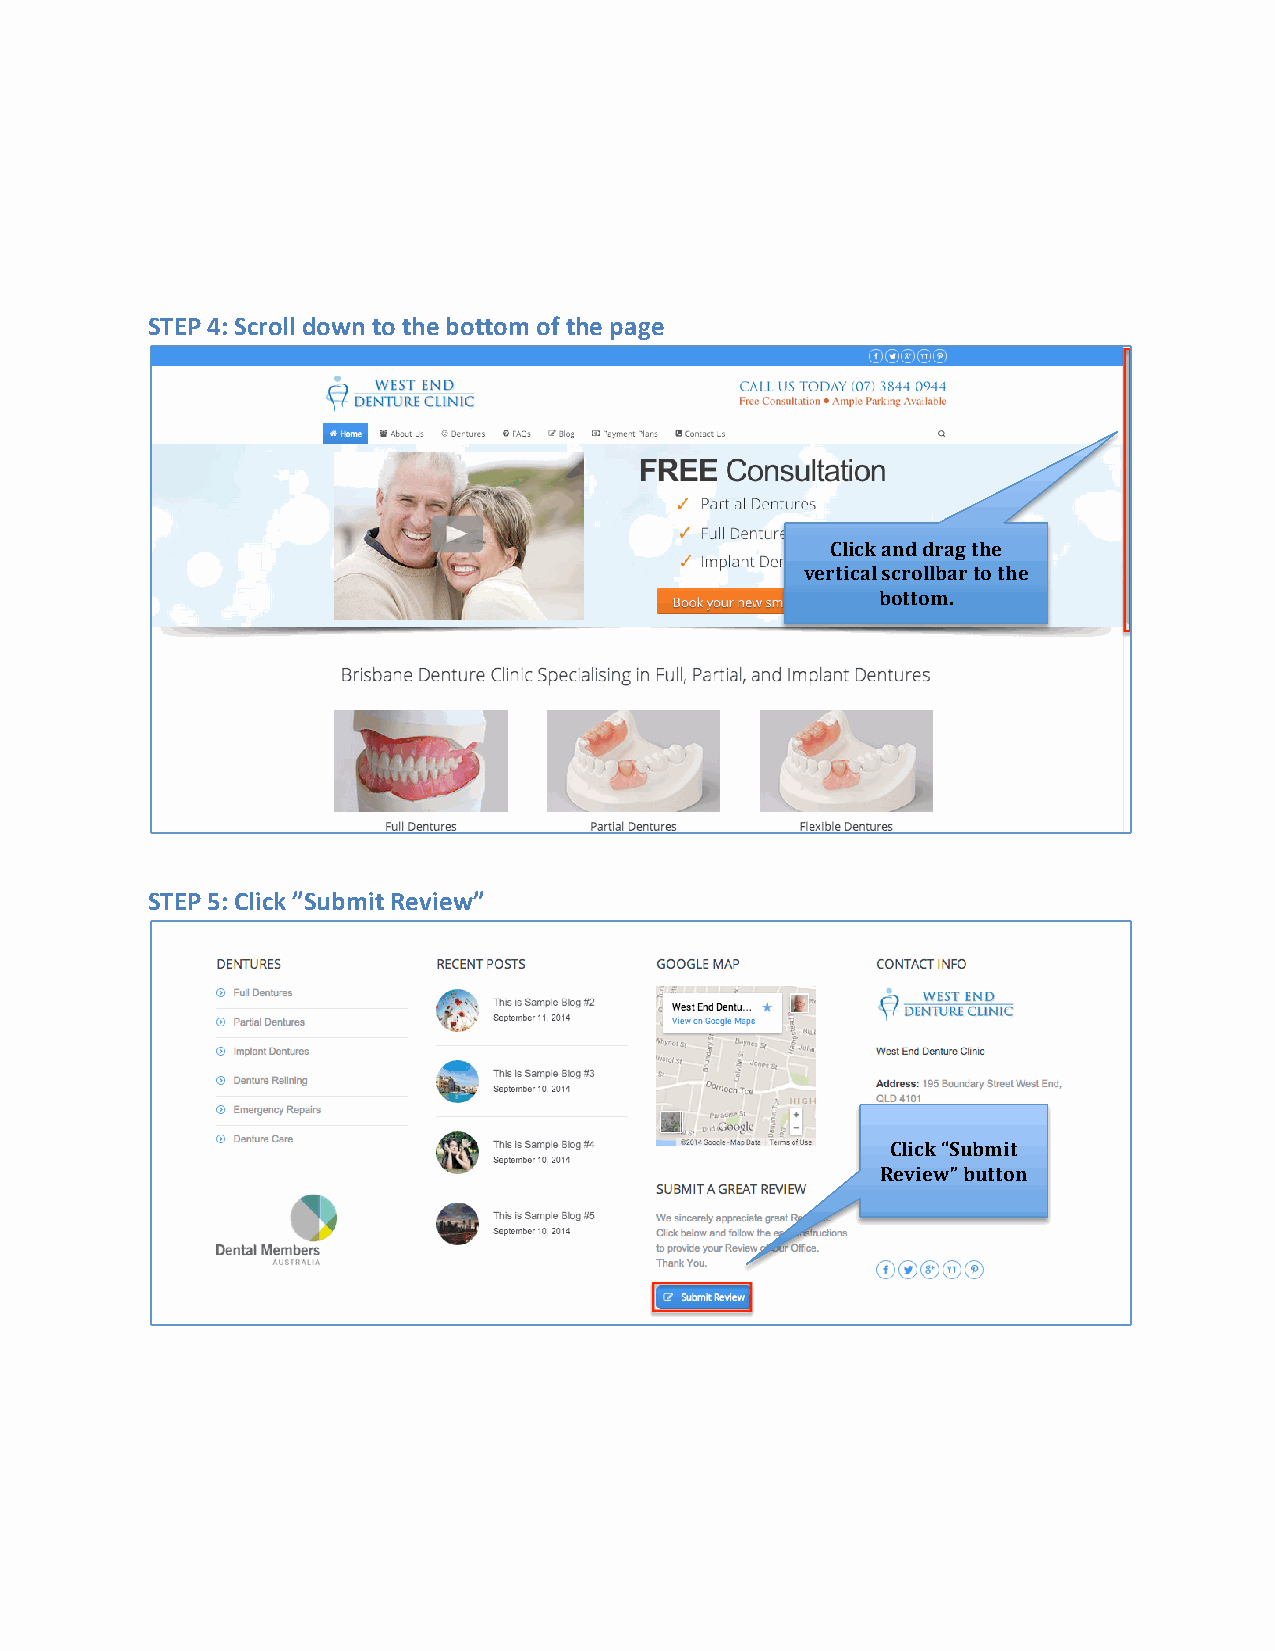
STEP 4: Scroll down to the bottom of the page
 Click and drag the
 vertical scrollbar to the
 bottom.
 STEP 5: Click ”Submit Review”
 Click “Submit
 Review” button